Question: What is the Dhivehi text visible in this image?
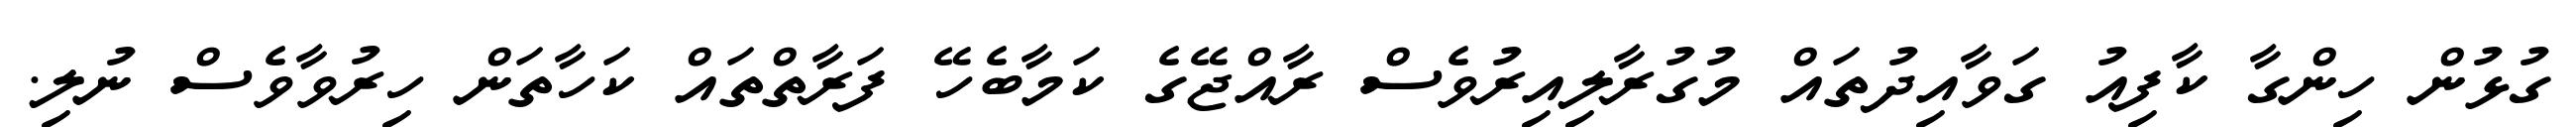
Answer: ގުޅުން ހިންގާ ކާފިއު ގަވާއިދުތައް މުގުރާލިއިރުވެސް ރާއްޖޭގެ ކަމާބެހޭ ފަރާތްތައް ކަހާތަން ހިރުވާވެސް ނުލި.